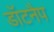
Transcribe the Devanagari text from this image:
डॉटनैप